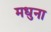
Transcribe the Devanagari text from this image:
मधुना